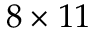
8 \times 1 1